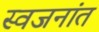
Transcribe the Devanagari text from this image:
स्वजनांत